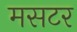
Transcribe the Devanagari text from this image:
मसटर